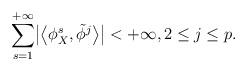
LaTeX: \begin{align*} \sum^{+\infty}_{s=1}\bigl |\bigl\langle\phi_X^s,\tilde{\phi}^j\bigr\rangle \bigr |<+\infty,2\leq j\leq p.\end{align*}